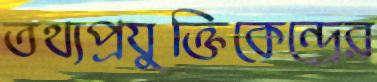
তথ্যপ্রযুক্তিকেন্দ্রের